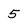
Character: 5